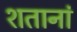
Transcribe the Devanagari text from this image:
शतानां